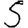
Digit: 5